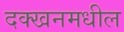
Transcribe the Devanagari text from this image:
दक्खनमधील